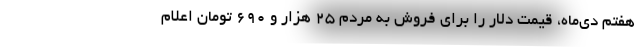
هفتم دی‌ماه، قیمت دلار را برای فروش به مردم ۲۵ هزار و ۶۹۰ تومان اعلام